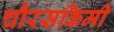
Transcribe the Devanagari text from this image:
चौरसकिमी